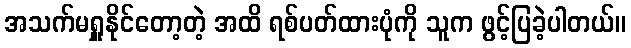
အသက်မရှူနိုင်တော့တဲ့ အထိ ရစ်ပတ်ထားပုံကို သူက ဖွင့်ပြခဲ့ပါတယ်။